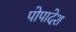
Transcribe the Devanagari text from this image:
पोपादेश